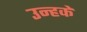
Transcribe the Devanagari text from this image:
उन्हकें